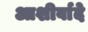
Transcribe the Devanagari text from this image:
आशीर्वादे